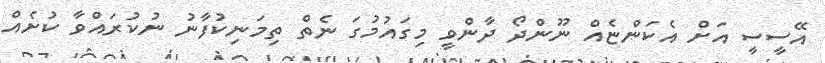
އޭސީސީ އަށް އެކަންޏެއް ނޫންދޯ ދާންވީ މިގައުމުގަ ނެތް ތިމަނިކުފާނު ނުކުރައްވާ ކުށެއް